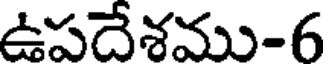
ఉపదేశము-6